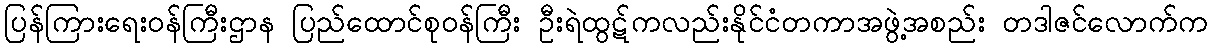
ပြန်ကြားရေးဝန်ကြီးဌာန ပြည်ထောင်စုဝန်ကြီး ဦးရဲထွဋ်ကလည်းနိုင်ငံတကာအဖွဲ့အစည်း တဒါဇင်လောက်က